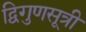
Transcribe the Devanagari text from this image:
द्विगुणसूत्री